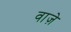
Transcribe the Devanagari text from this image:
वाज़े